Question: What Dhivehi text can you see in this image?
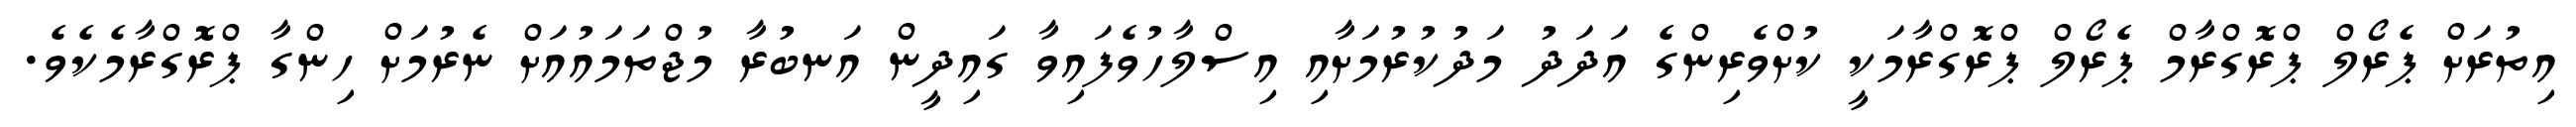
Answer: އިތުރަށް ޕެރޯލް ޕްރޮގްރާމް ޕެރޯލް ޕްރޮގްރާމަކީ ކުށްވެރިންގެ އަދަދު މަދުކުރުމަށާއި އިސްލާހުވެފައިވާ ގައިދީން އަނބުރާ މުޖްތަމައުއަށް ނެރުމަށް ހިންގާ ޕްރޮގްރާމެކެވެ.